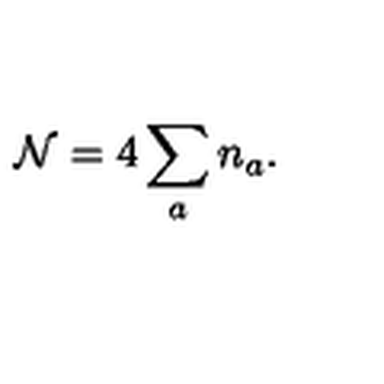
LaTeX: { \cal N } = 4 \sum _ { a } n _ { a } .